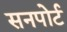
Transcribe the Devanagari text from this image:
सनपोर्ट